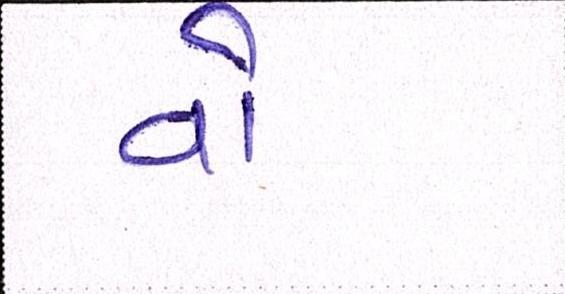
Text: વો